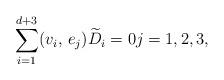
LaTeX: \begin{align*}\sum_{i=1}^{d+3}(v_i,\, e_j) \widetilde{D}_i= 0 j=1,2,3, \end{align*}